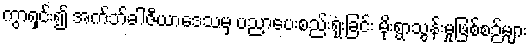
ကွာရှင်း၍ အက်ဘ်ခါဇီယာဒေသမှ ပညာပေးစည်းရုံးခြင်း မိုးရွာသွန်းမှုဖြစ်စဉ်များ